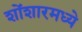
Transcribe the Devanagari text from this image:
शोंशारमध्ये